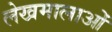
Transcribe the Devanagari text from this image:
लेखमालाओं